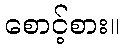
စောင့်စား။